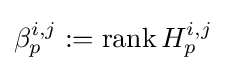
\beta _{p}^{i,j}:=\operatorname {rank} H_{p}^{i,j}